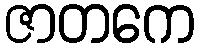
ဇာတကေ